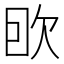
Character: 𰙌